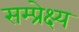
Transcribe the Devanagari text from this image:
सम्प्रेक्ष्य